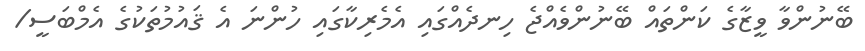
ބޭނުންވާ ވީޒާގެ ކަންތައް ބޭނުންވެއްޖެ ހިނދެއްގައި އެމެރިކާގައި ހުންނަ އެ ޤައުމުތަކުގެ އެމްބަސީ/